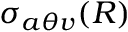
\sigma _ { a \theta v } ( R )